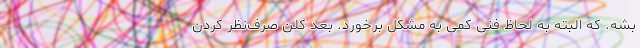
بشه. که البته به لحاظ فنی کمی به مشکل برخورد. بعد کلن صرف‌نظر کردن